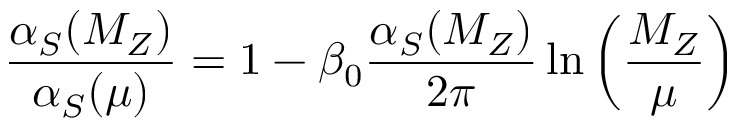
{ \frac { \alpha _ { S } ( M _ { Z } ) } { \alpha _ { S } ( \mu ) } } = 1 - \beta _ { 0 } { \frac { \alpha _ { S } ( M _ { Z } ) } { 2 \pi } } \ln \left( { \frac { M _ { Z } } { \mu } } \right)